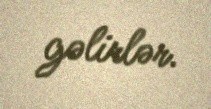
gəlirlər.